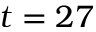
t = 2 7